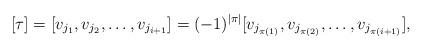
\begin{align*}[\tau]=[v_{j_1},v_{j_2},\dots,v_{j_{i+1}}]=(-1)^{|\pi|}[v_{j_{\pi(1)}},v_{j_{\pi(2)}},\dots,v_{j_{\pi(i+1)}}],\end{align*}